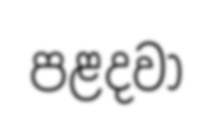
පළදවා